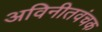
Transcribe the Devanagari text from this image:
अविनीतवंचक